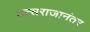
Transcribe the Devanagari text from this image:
वत्सराजानंतर